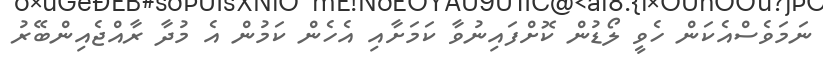
ނަމަވެސްއެކަން ހެވީ ލޯޑުން ކޮށްފައިނުވާ ކަމަށާއި އެހެން ކަމުން އެ މުދާ ރާއްޖެއިންބޭރު